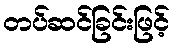
တပ်ဆင်ခြင်းဖြင့်